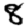
Digit: 8